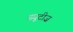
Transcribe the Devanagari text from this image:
ड्यूटीज़